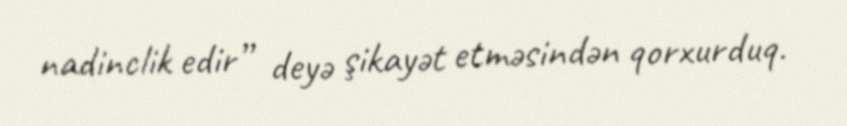
nadinclik edir” deyə şikayət etməsindən qorxurduq.